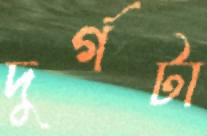
দুর্গটা